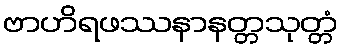
ဗာဟိရဖဿနာနတ္တသုတ္တံ